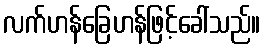
လက်ဟန်ခြေဟန်ဖြင့်ခေါ်သည်။